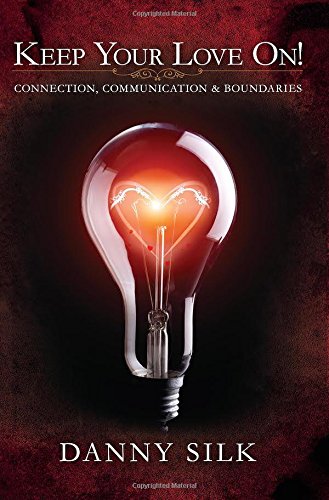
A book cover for Keep Your Love On: Connection Communication And Boundaries; Danny Silk; Christian Books & Bibles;